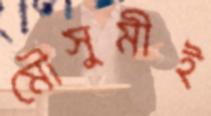
মৌসুমীই